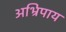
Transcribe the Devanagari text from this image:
अभ्रिपाय